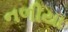
નળીયા